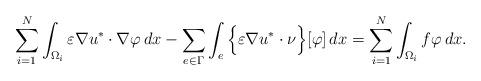
LaTeX: \begin{align*}\sum_{i=1}^N \int_{\Omega_i} \varepsilon \nabla u^* \cdot \nabla \varphi\, dx-\sum_{e \in \Gamma} \int_{e} \Big\{ \varepsilon \nabla u^* \cdot \nu \Big\} [\varphi]\, dx=\sum_{i=1}^N \int_{\Omega_i} f \varphi\, dx.\end{align*}